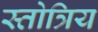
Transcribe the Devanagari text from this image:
स्तोत्रिय